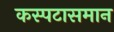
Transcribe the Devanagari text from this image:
कस्पटासमान